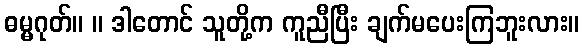
ဓမ္မဂုတ်။ ။ ဒါတောင် သူတို့က ကူညီပြီး ချက်မပေးကြဘူးလား။